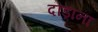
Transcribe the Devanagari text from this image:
दौड़ाना